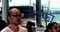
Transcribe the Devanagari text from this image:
जफ्फा